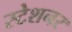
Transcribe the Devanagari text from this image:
स्टेशनर